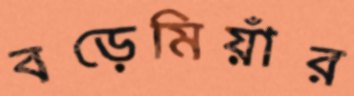
বড়েমিয়াঁর